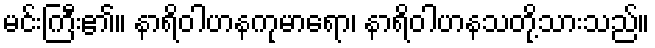
မင်းကြီး၏။ နာရိဝါဟနကုမာရော၊ နာရိဝါဟနသတို့သားသည်။